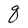
Character: q